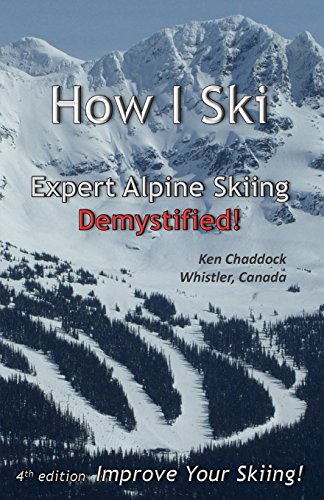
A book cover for How I Ski: Expert Alpine Skiing Demystified!; Ken Chaddock; Sports & Outdoors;